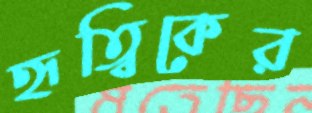
হৃত্বিকের